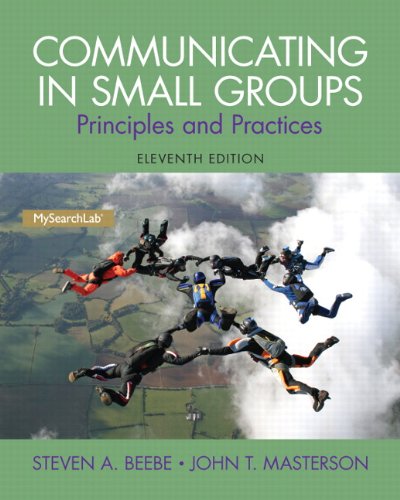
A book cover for Communicating in Small Groups: Principles and Practices (11th Edition); Steven A. Beebe; Humor & Entertainment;